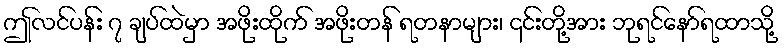
ဤလင်ပန်း ၇ ချပ်ထဲမှာ အဖိုးထိုက် အဖိုးတန် ရတနာများ၊ ၎င်းတို့အား ဘုရင်နော်ရထာသို့